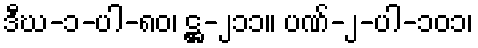
ဒီဃ-၁-ပါ-၈၀၊ ဋ္ဌ-၂၁၁။ ပဏ်-၂-ပါ-၁၀၁၊